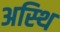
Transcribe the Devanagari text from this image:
अस्‍थि